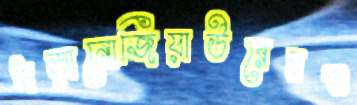
পড়ানোজিয়াউরেরও